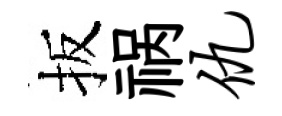
扳祸仇